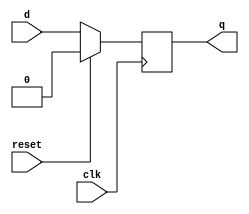
`timescale 1ns/1ps
module dff(q,d,reset,clk);
input d,reset,clk;
output q;
reg q;

//posedge triggered D-flip flop with synchronous reset

always @ (posedge clk)
begin
if (reset) //if reset=1 (HIGH)
q=1'b0;
else
q=d;
end
endmodule

module dfftb();
reg d,reset,clk;
wire q;

dff dut (q,d,reset,clk);
initial
begin
clk<=1'b0;
d<=1'b0;
reset<=1'b0;

#10 reset=1'b1;
#15 reset=1'b0;
#25 reset=1'b1;
#35 reset=1'b0;
end
always #10 clk=~clk;
always #50 d=~d;
initial 
#200 $finish;
endmodule